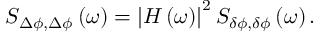
S _ { \Delta \phi , \Delta \phi } \left( \omega \right) = \left| H \left( \omega \right) \right| ^ { 2 } S _ { \delta \phi , \delta \phi } \left( \omega \right) .